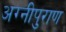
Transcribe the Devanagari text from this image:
अग्नीपुराण